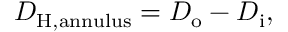
D _ { \mathrm { H , a n n u l u s } } = D _ { \mathrm { o } } - D _ { \mathrm { i } } ,